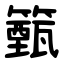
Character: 籈